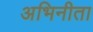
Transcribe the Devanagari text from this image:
अभिनीता